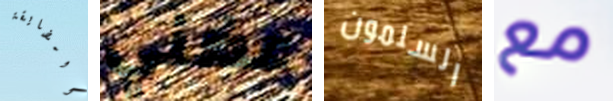
المضايقة عضني السلمون مع